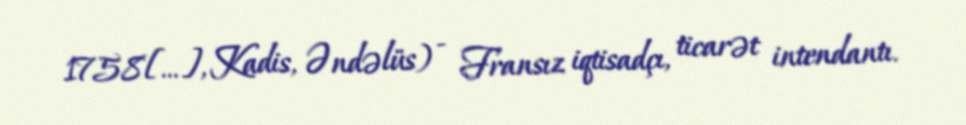
1758[…], Kadis, Əndəlüs) - Fransız iqtisadçı, ticarət intendantı.